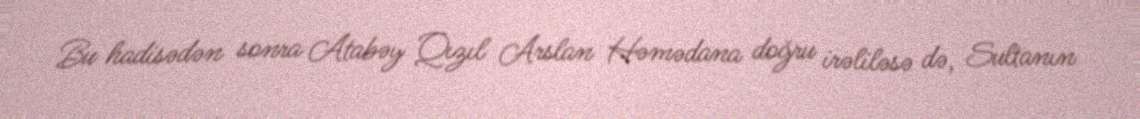
Bu hadisədən sonra Atabəy Qızıl Arslan Həmədana doğru irəliləsə də, Sultanın